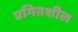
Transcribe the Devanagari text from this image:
प्रगितशील